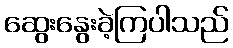
ဆွေးနွေးခဲ့ကြပါသည်